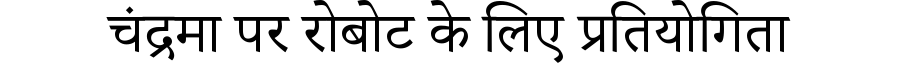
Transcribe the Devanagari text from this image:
चंद्रमा पर रोबोट के लिए प्रतियोगिता